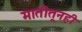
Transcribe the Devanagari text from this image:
मातीतूनही